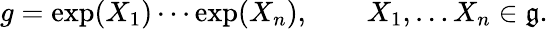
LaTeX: g=\exp(X_{1})\cdots\exp(X_{n}),\qquad X_{1},\ldots X_{n}\in{\mathfrak{g}}.